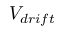
V _ { d r i f t }